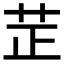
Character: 𦭒